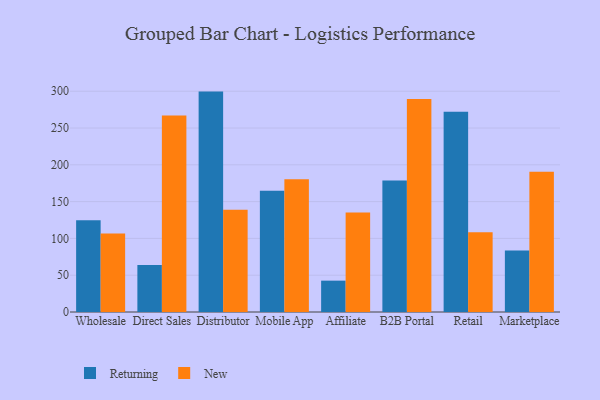
{"axis": {"x": "Channel", "y": "Budget (USD K)"}, "legend": ["New", "Returning"], "data": [{"x": "Wholesale", "y": 124.6, "type": "Returning"}, {"x": "Wholesale", "y": 106.8, "type": "New"}, {"x": "Direct Sales", "y": 63.9, "type": "Returning"}, {"x": "Direct Sales", "y": 267.1, "type": "New"}, {"x": "Distributor", "y": 299.5, "type": "Returning"}, {"x": "Distributor", "y": 139.1, "type": "New"}, {"x": "Mobile App", "y": 164.6, "type": "Returning"}, {"x": "Mobile App", "y": 180.5, "type": "New"}, {"x": "Affiliate", "y": 42.6, "type": "Returning"}, {"x": "Affiliate", "y": 135.2, "type": "New"}, {"x": "B2B Portal", "y": 178.6, "type": "Returning"}, {"x": "B2B Portal", "y": 289.5, "type": "New"}, {"x": "Retail", "y": 272.2, "type": "Returning"}, {"x": "Retail", "y": 108.3, "type": "New"}, {"x": "Marketplace", "y": 83.7, "type": "Returning"}, {"x": "Marketplace", "y": 190.6, "type": "New"}]}